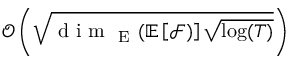
\mathcal { O } \left( \sqrt { \mathrm { ~ d ~ i ~ m ~ } _ { \mathrm { ~ E ~ } } ( \mathbb { E } \left[ \mathcal { F } ) \right] \sqrt { \log ( T ) } } \right)